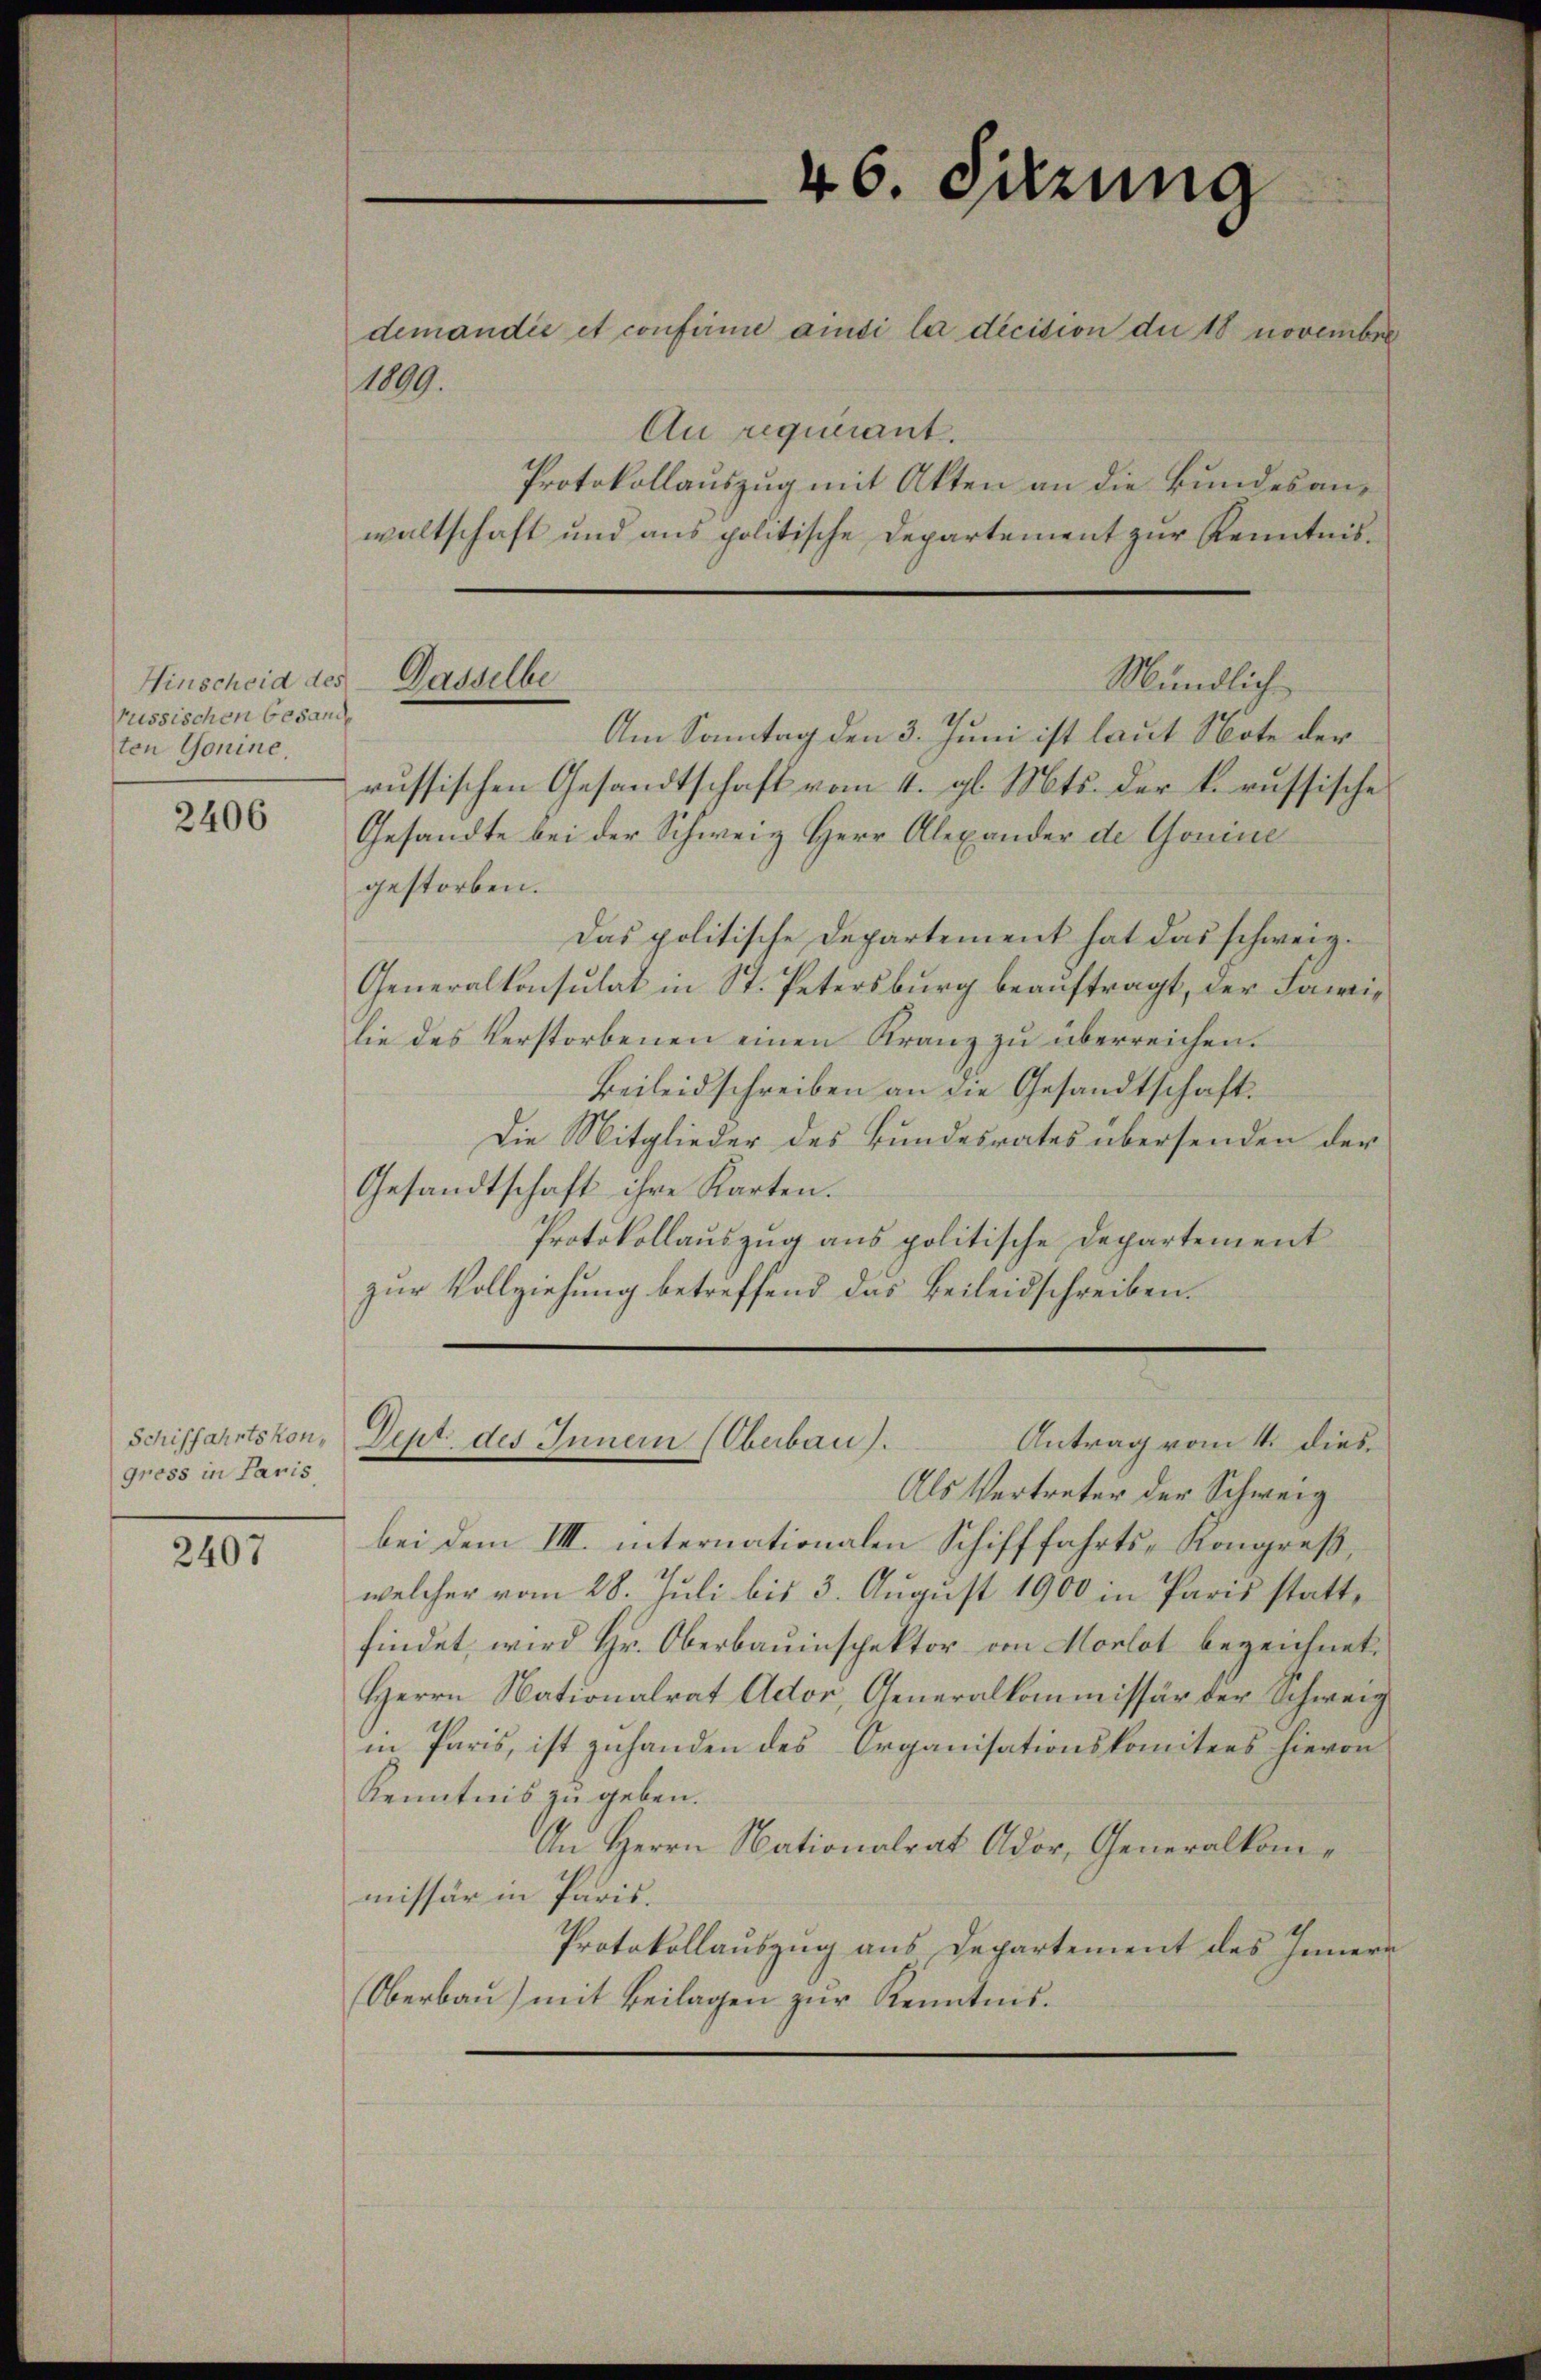
Hinscheid des
ussischen Gesand
ten Gonine.

2406

Schiffahrtskon,
gress in Paris

2407

1009.

Protokollauszug mit Akten an die Bundesanwaltschaft und aus politische Departement zur Kenntnis¬
Am Sonntag den 3. Juni ist laut Note der
russischen Gesandtschaft vom 4. gl. Mts. der k. russische
Gesandte bei der Schweiz Herr Alexander de Gonine
gestorben.
Das politische Departement hat das schweiz.
Generalkonsulat in St. Petersburg beauftragt, der Familie des Verstorbenen einen Kranz zu überreichen.
Beileidschreiben an die Gesandtschaft.
Die Mitglieder des Bundesrates übersenden der
Gesandtschaft ihre Karten.
Protokollauszug aus politische Departement
zur Vollziehung betreffend das Beileidschreiben.

46. Sitzung
demandie et confirme ansi la dicition du 18 novembre
Au requirant.

Gasselbe
Mündlich

Antrag vom 4. dies
Dept des Innern (Oberbau).

Als Vertreter der Schweig
bei dem III. internationalen Schifffahrts- Kongreß,
welcher vom 28. Juli bis 3. August 1900 in Paris stattfindet, wird Hr. Oberbauinspektor von Morlot bezeichnet.
Herrn Nationalrat Ador, Generalkommissär der Schweig
in Paris, ist zuhanden des Organisationskomitees hievon
Kenntnis zu geben.
An Herrn Nationalrat Ador, Generalkommissär in Paris.
Protokollauszug aus Departement des Innern
Oberbau) mit Beilagen zur Kenntnis.